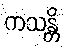
ကသန္တိ